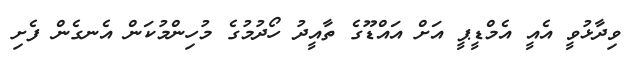
ވިދާޅުވީ އެއީ އެމްޑީޕީ އަށް އައްޑޫގެ ތާއީދު ހޯދުމުގެ މުހިންމުކަން އެނގެން ފެށި